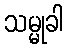
သမ္မုခါ